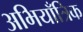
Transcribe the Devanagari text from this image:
अभियाँत्रिक